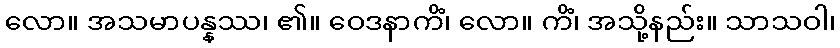
လော။ အသမာပန္နဿ၊ ၏။ ဝေဒနာကိံ၊ လော။ ကိံ၊ အသို့နည်း။ သာသဝါ၊